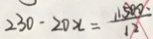
2 3 0 - 2 0 x = \frac { 1 1 5 0 0 . } { 1 2 }